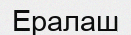
Ералаш